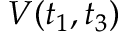
V ( t _ { 1 } , t _ { 3 } )